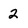
Character: 2